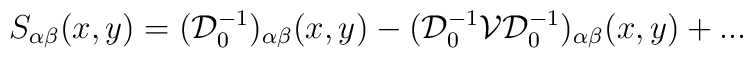
S_{\alpha\beta}(x,y)=({\mathcal D}_0 ^{-1})_{\alpha\beta}(x,y)-({\mathcal D}_0 ^{-1}{\mathcal V}{\mathcal D}_0 ^{-1})_{\alpha\beta}(x,y) + ...